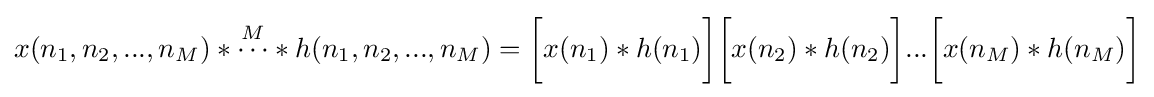
x(n_{1},n_{2},...,n_{M})*{\overset {M}{\cdots }}*h(n_{1},n_{2},...,n_{M})={\bigg [}x(n_{1})*h(n_{1}){\bigg ]}{\bigg [}x(n_{2})*h(n_{2}){\bigg ]}...{\bigg [}x(n_{M})*h(n_{M}){\bigg ]}